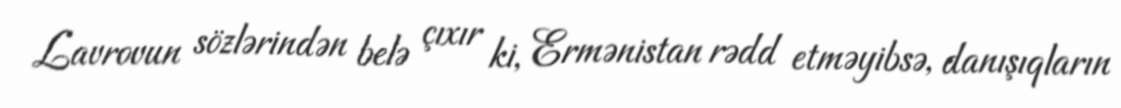
Lavrovun sözlərindən belə çıxır ki, Ermənistan rədd etməyibsə, danışıqların